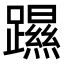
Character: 𨆰